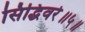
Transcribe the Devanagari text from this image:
सिद्धिवरे॥५॥